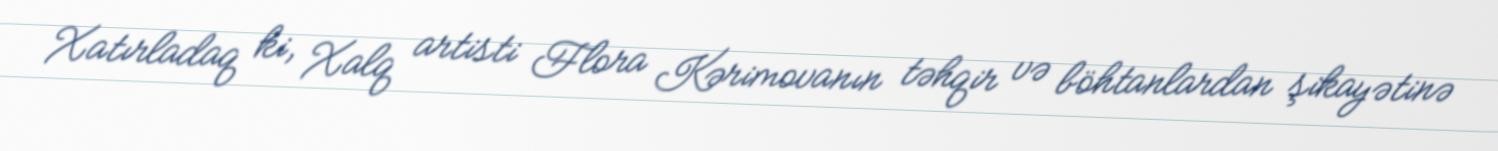
Xatırladaq ki, Xalq artisti Flora Kərimovanın təhqir və böhtanlardan şikayətinə